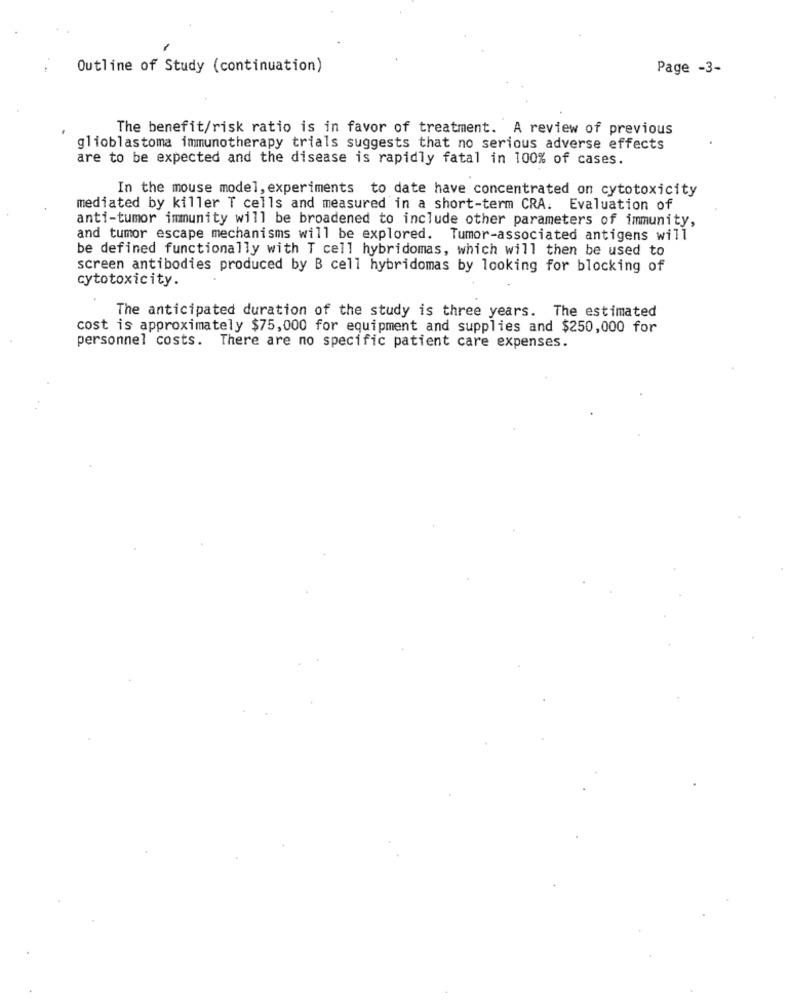
Outline of Study (continuation)
Page -3-
The benefit/risk ratio is in favor of treatment. A review of previous
glioblastoma immunotherapy trials suggests that no serious adverse effects
are to be expected and the disease is rapidly fatal in 100% of cases.
In the mouse model, experiments to date have concentrated on cytotoxicity
mediated by killer T cells and measured in a short-term CRA. Evaluation of
anti-tumor immunity will be broadened to include other parameters of immunity,
and tumor escape mechanisms will be explored. Tumor-associated antigens will
be defined functionally with T cell hybridomas, which will then be used to
screen antibodies produced by B cell hybridomas by looking for blocking of
cytotoxicity.
The anticipated duration of the study is three years. The estimated
cost is approximately $75,000 for equipment and supplies and $250,000 for
personnel costs. There are no specific patient care expenses.